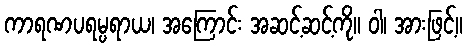
ကာရဏပရမ္ပရာယ၊ အကြောင်း အဆင့်ဆင့်ကို။ ဝါ၊ အားဖြင့်။